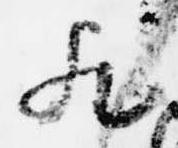
歟